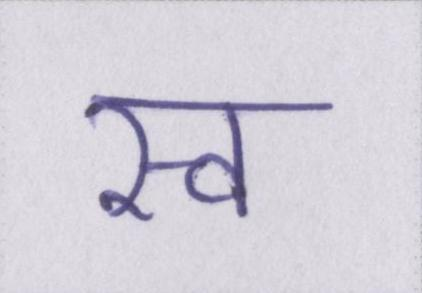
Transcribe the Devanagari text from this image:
स्व